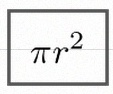
\pi r^2